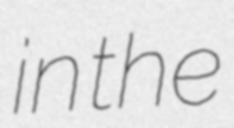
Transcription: in the